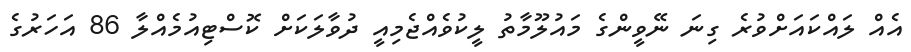
އެއް ލައްކައަށްވުރެ ގިނަ ނޭވީންގެ މައުލޫމާތު ލީކުވެއްޖެމިއީ ދުވާލަކަށް ކޮސްޓިއުމެއްލާ 86 އަހަރުގެ